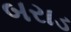
બરાડ